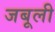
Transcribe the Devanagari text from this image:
जबूली